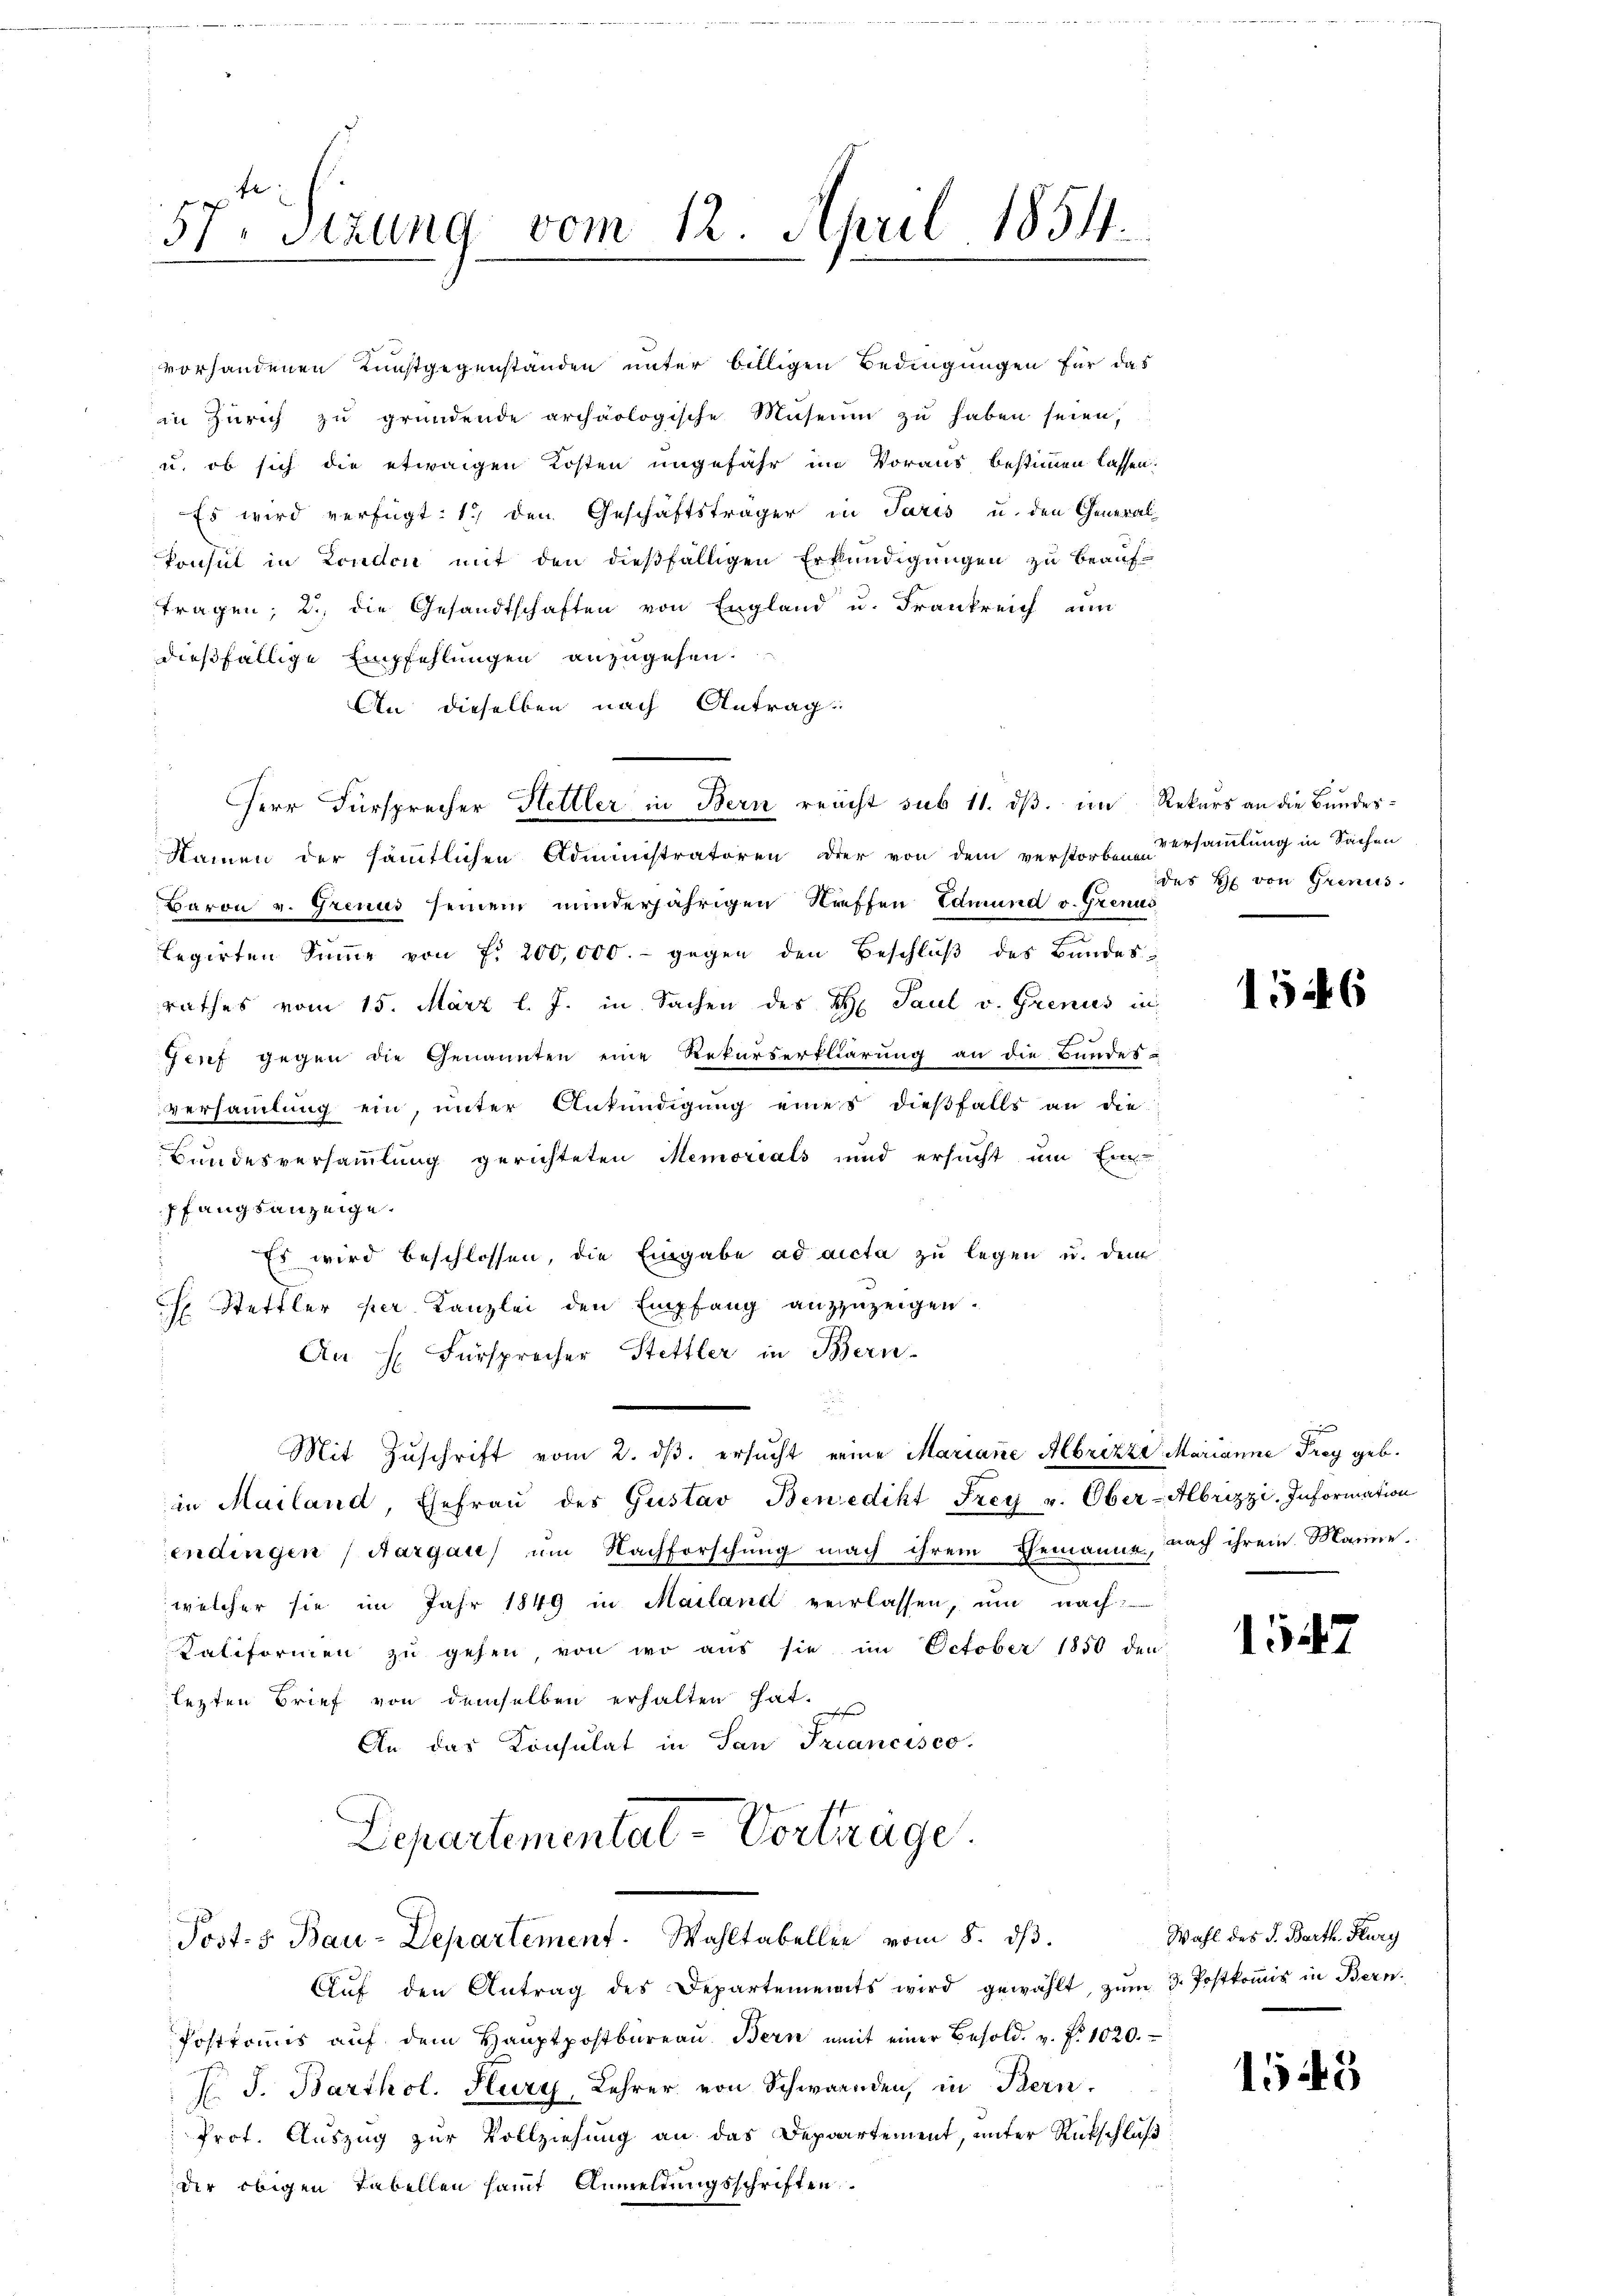
57. Sitzung vom 12. April 1854.

tragen; 2., die Gesandtschaften von England u. Frankreich um
dießfällige Empfehlungen anzugehen.
An dieselben nach Antrag:
Herr Fürsprecher Hettler in Bern reicht sub 11. dß im Rekurs an die Bundes¬
Namen der sämmtlichen Administratoren der von dem verstorben versammlung in Sachen
Baron v. Grenus seinem minderjährigen Streffen Edmund v. Grenus
legirten Summe von f. 200,000.- gegen den Beschluß des Bandes-
rathes vom 15. März l. J. in Sachen des H. Paul v. Grenis in
Genf gegen die Genannten eine Rekurserklärung an die Bundes-
versammlung ein, unter Ankündigung eines dießfalls an die
Bundesversammlung gerichteten Memorials und ersucht um Einpfangsanzeige.
Es wird beschlossen, die Eingabe ad acta zu legen u. dem
 Stettler per Kanzlei den Empfang anzuzeigen.
An H. Fürsprecher Stettler in Bern-
u
Mit Zŭschrift vom 2. dβ. ersŭcht eine Mariane Albrizza Marianne Frey geb.
in Mailand, Ehefraŭ des Gustav Benedikt Frey v. Ober-Abrizzi. Information
endingen (Aargau um Nachforschung nach ihrem Gemanne, nach ihrem Mannewelcher sie im Jahr 1849 in Mailand verlassen, um nach
Kaliformen zu gehen, von wo aus sie im October 1850 den
lezten Brief von demselben erhalten hat,
An das Konsulat in San Triancisco
Departementat-Vertrage.
Post. S. Bau-Departement. Wahltabellen vom 8. dβ.
Aŭf den Antrag des Departements wird gewählt, zŭm 3. Postkoṁis in Bern.
Posttonis aŭf dem Haŭptpostbüreaŭ Bern mit einer Besold. v. fr. 1020.
F. J. Barthol. Hury, Lehrer von Schwanden, in Bern,
Prot. Auszug zur Vollziehung an das Departement, unter Rückschluß:
der obigen Tabellen hamt Anmeldungsschriften

vorhandenen Kunstgegenständen unter billigen Bedingungen für das
in Zürich zŭ gründende archäologische Museum zu haben seien,
u. ob sich die etwaigen Kosten ungefähr im Voraus bestimmen lassen:
Es wird verfügt: 1) den Geschäftsträger in Paris u. den General-
Konsul in London mit den dießfälligen Erkundigungen zu beauf-

des H. von Grenus.

1546

1547

Wahl des J. Barth. Flury

1545